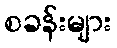
စခန်းများ